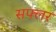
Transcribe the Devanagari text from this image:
सफ्लर